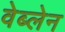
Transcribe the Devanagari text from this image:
वेब्लेन